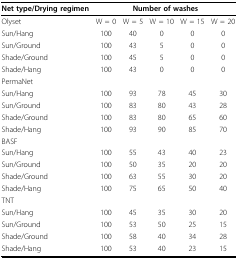
<table><thead><tr><td><b>Net type/Drying regimen</b></td><td colspan="5"><b>Number of washes</b></td></tr></thead><tbody><tr><td>Olyset</td><td>W = 0</td><td>W = 5</td><td>W = 10</td><td>W = 15</td><td>W = 20</td></tr><tr><td>Sun/Hang</td><td>100</td><td>40</td><td>0</td><td>0</td><td>0</td></tr><tr><td>Sun/Ground</td><td>100</td><td>43</td><td>5</td><td>0</td><td>0</td></tr><tr><td>Shade/Ground</td><td>100</td><td>45</td><td>5</td><td>0</td><td>0</td></tr><tr><td>Shade/Hang</td><td>100</td><td>43</td><td>0</td><td>0</td><td>0</td></tr><tr><td>PermaNet</td><td></td><td></td><td></td><td></td><td></td></tr><tr><td>Sun/Hang</td><td>100</td><td>93</td><td>78</td><td>45</td><td>30</td></tr><tr><td>Sun/Ground</td><td>100</td><td>83</td><td>80</td><td>43</td><td>28</td></tr><tr><td>Shade/Ground</td><td>100</td><td>83</td><td>80</td><td>65</td><td>60</td></tr><tr><td>Shade/Hang</td><td>100</td><td>93</td><td>90</td><td>85</td><td>70</td></tr><tr><td>BASF</td><td></td><td></td><td></td><td></td><td></td></tr><tr><td>Sun/Hang</td><td>100</td><td>55</td><td>43</td><td>40</td><td>23</td></tr><tr><td>Sun/Ground</td><td>100</td><td>50</td><td>35</td><td>20</td><td>20</td></tr><tr><td>Shade/Ground</td><td>100</td><td>63</td><td>55</td><td>30</td><td>20</td></tr><tr><td>Shade/Hang</td><td>100</td><td>75</td><td>65</td><td>50</td><td>40</td></tr><tr><td>TNT</td><td></td><td></td><td></td><td></td><td></td></tr><tr><td>Sun/Hang</td><td>100</td><td>45</td><td>35</td><td>30</td><td>20</td></tr><tr><td>Sun/Ground</td><td>100</td><td>53</td><td>50</td><td>25</td><td>15</td></tr><tr><td>Shade/Ground</td><td>100</td><td>58</td><td>40</td><td>34</td><td>28</td></tr><tr><td>Shade/Hang</td><td>100</td><td>53</td><td>40</td><td>23</td><td>15</td></tr></tbody></table>